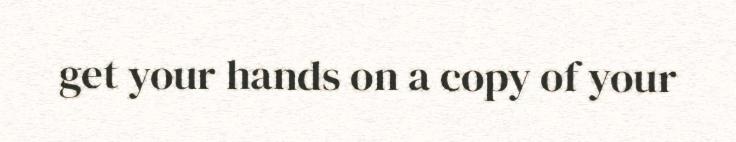
get your hands on a copy of your